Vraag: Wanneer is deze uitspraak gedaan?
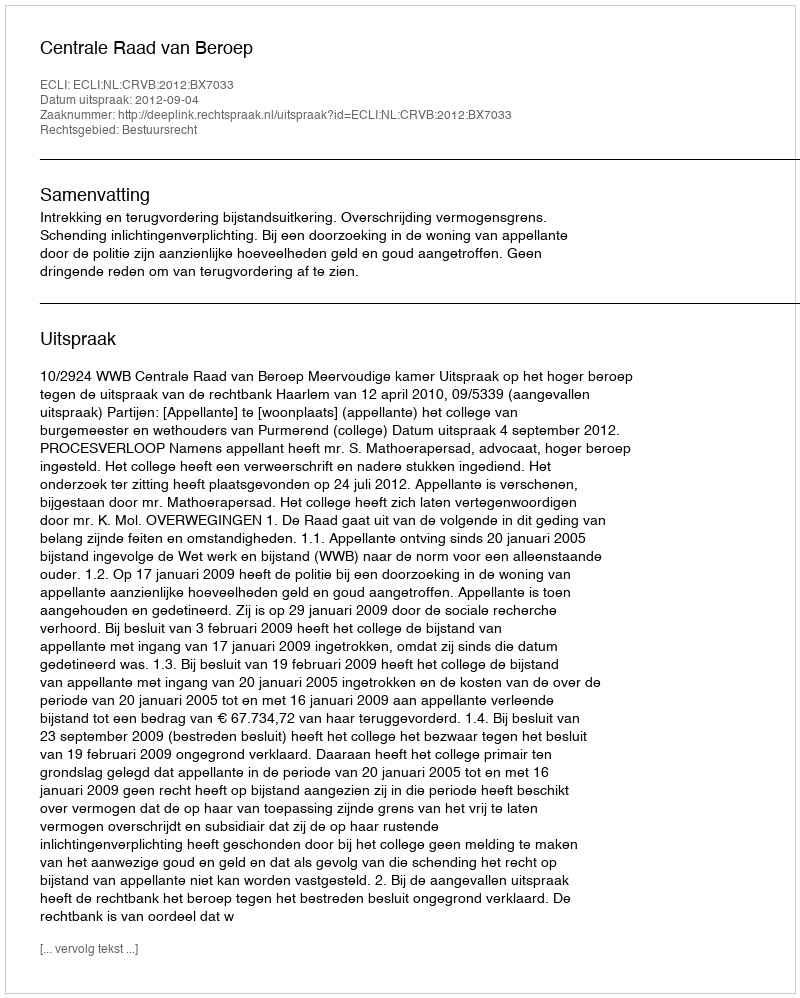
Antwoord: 2012-09-04